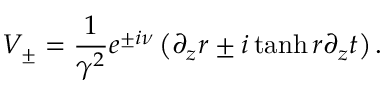
V _ { \pm } = \frac { 1 } { \gamma ^ { 2 } } e ^ { \pm i \nu } \left( \partial _ { z } r \pm i \operatorname { t a n h } r \partial _ { z } t \right) .